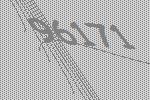
96171